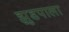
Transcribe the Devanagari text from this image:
झुडपाला